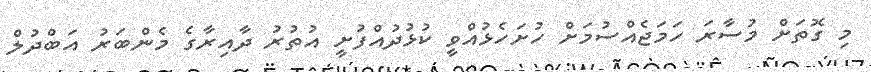
މި ގޮތަށް މުސާރަ ހަމަޖެއްސުމަށް ހުށަހެޅުއްވީ ކުޅުދުއްފުށީ އުތުރު ދާއިރާގެ މެންބަރު އަބްދުލް